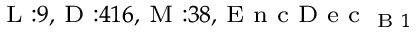
_ { \textrm { L } : 9 , \textrm { D } : 4 1 6 , \textrm { M } : 3 8 , \textrm { E n c D e c } _ { \textrm { B } 1 } }